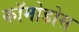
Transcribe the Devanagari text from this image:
कॉमोडोस